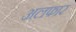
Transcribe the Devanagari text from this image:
अलफार